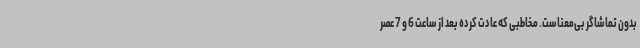
بدون تماشاگر بی‌معناست. مخاطبی که عادت کرده بعد از ساعت 6 و 7 عصر